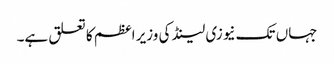
جہاں تک نیوزی لینڈ کی وزیر اعظم کا تعلق ہے۔